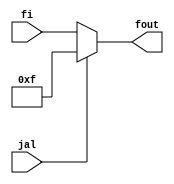
`timescale 1ns / 1ps
//////////////////////////////////////////////////////////////////////////////////
// Company: 
// Engineer: 
// 
// Design Name: 
// Module Name: f
// Project Name: 
// Target Devices: 
// Tool Versions: 
// Description: 
// 
// Dependencies: 
// 
// Revision:
// Revision 0.01 - File Created
// Additional Comments:
// 
//////////////////////////////////////////////////////////////////////////////////


module f(
    input jal,
    input[4:0]fi,
    output reg[4:0] fout
    );
    
    always @(*) begin
        if (jal == 1) begin
            fout <= 5'b1111;
        end
        else begin
            fout <= fi;
        end
    end
    
endmodule